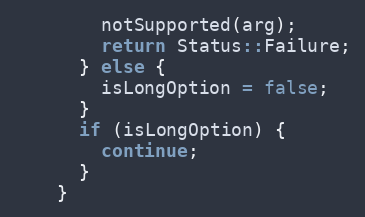
Language: C++
        notSupported(arg);
        return Status::Failure;
      } else {
        isLongOption = false;
      }
      if (isLongOption) {
        continue;
      }
    }